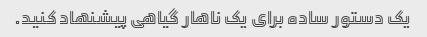
یک دستور ساده برای یک ناهار گیاهی پیشنهاد کنید.